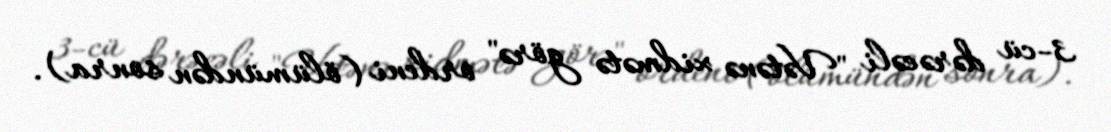
3-cü dərəcəli "Vətənə xidmətə görə" ordeni (ölümündən sonra).